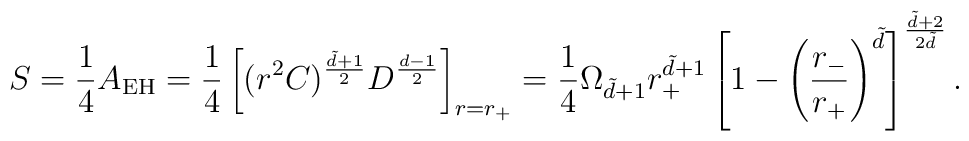
S=\frac{1}{4}A_{\rm EH}=\frac{1}{4}\left[(r^2 C)^\frac{\tilde d+1}{2}D^\frac{d-1}{2} \right]_{r=r_+}=\frac{1}{4}\Omega_{\tilde d+1}r_+^{\tilde d+1}\left[1-\left(\frac{r_-}{r_+}\right)^{\tilde d} \right]^\frac{\tilde d+2}{2 \tilde d}.